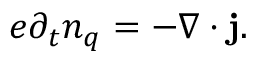
e \partial _ { t } n _ { q } = - \nabla \cdot { \bf j } .